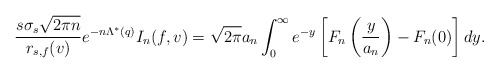
\begin{align*}\frac{ s\sigma_{s}\sqrt{2\pi n} }{ r_{s, f}(v) } e^{- n\Lambda^{*}(q)} I_n(f, v) = \sqrt{2\pi} a_n \int_0^{\infty} e^{- y} \left[ F_n\left( \frac{y}{a_n} \right) - F_n(0) \right] dy. \end{align*}